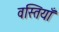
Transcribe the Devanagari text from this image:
वस्तियाँ